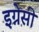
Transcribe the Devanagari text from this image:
इग्नेसी